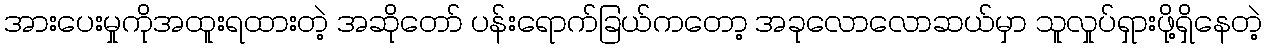
အားပေးမှုကိုအထူးရထားတဲ့ အဆိုတော် ပန်းရောက်ခြယ်ကတော့ အခုလောလောဆယ်မှာ သူလှုပ်ရှားဖို့ရှိနေတဲ့